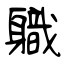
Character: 軄